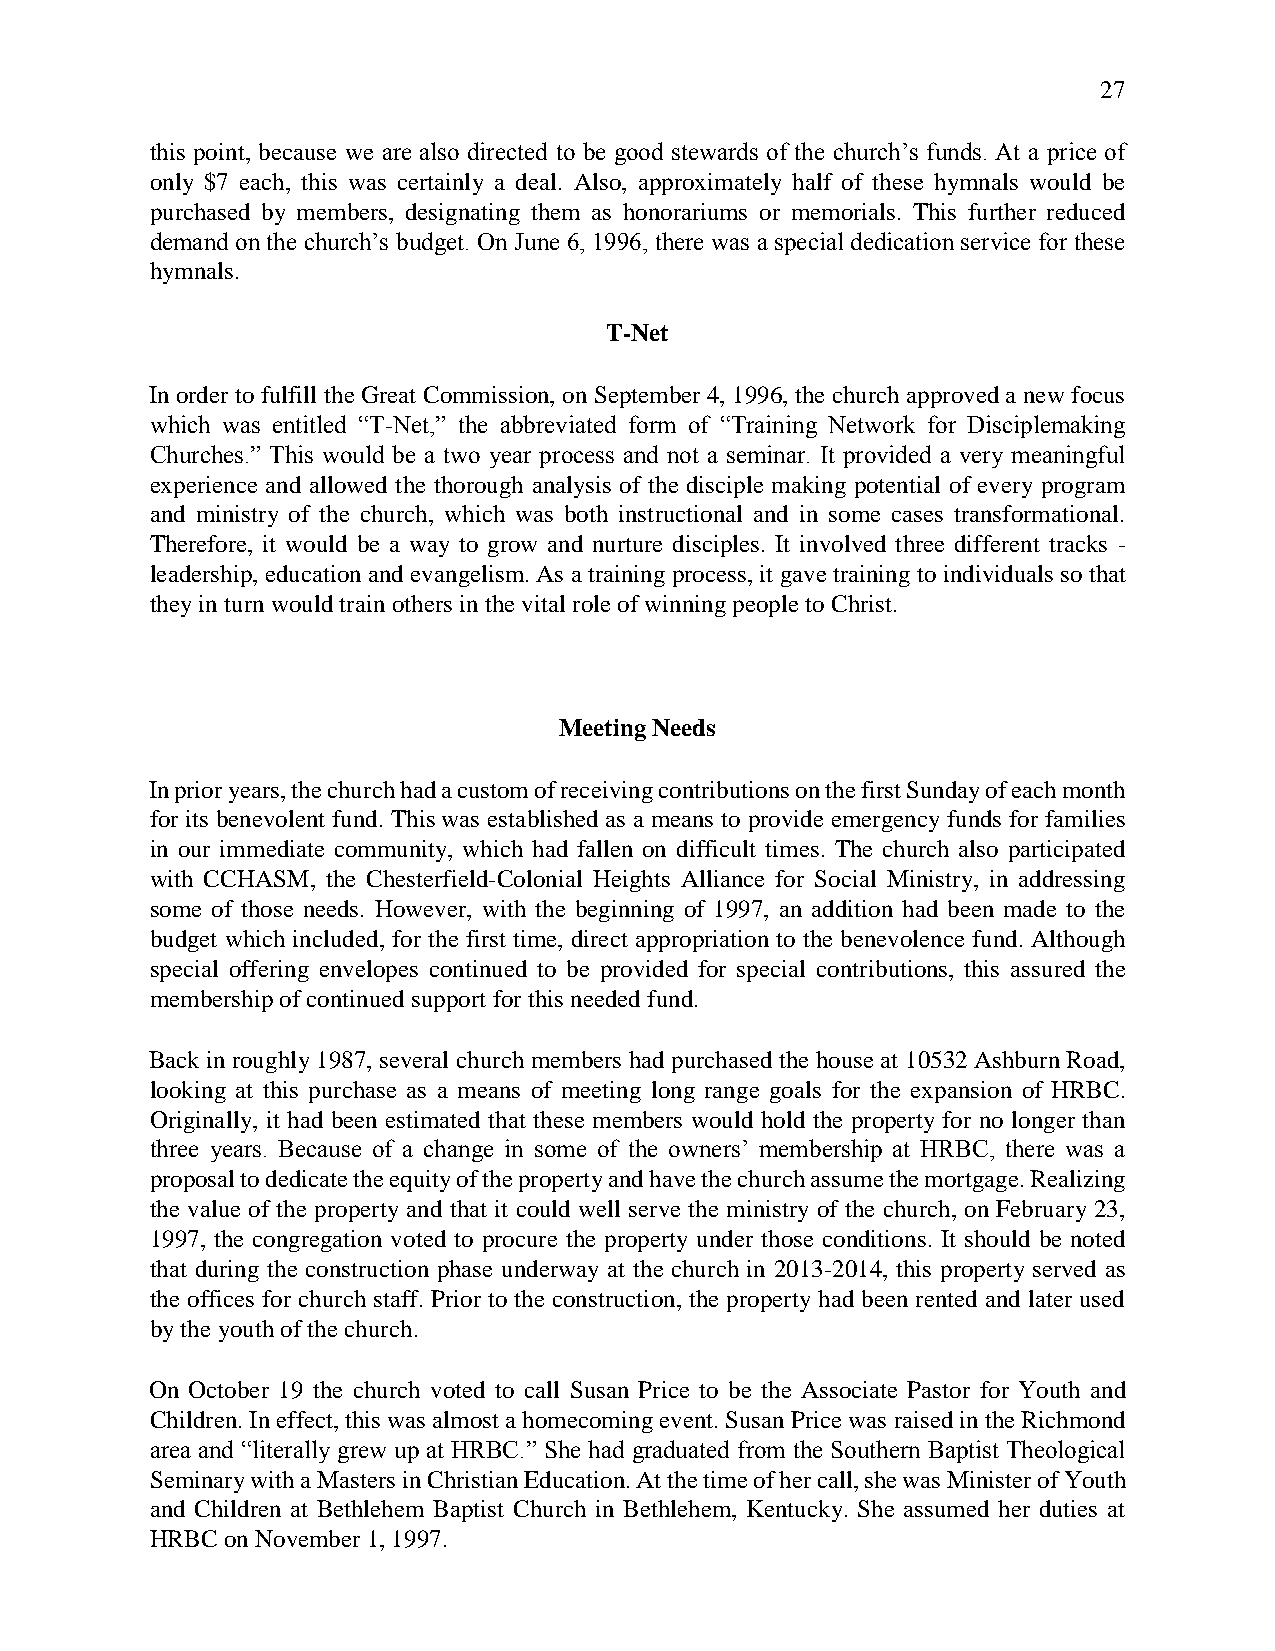
27
 this point, because we are also directed to be good stewards of the church’s funds. At a price of
 only $7 each, this was certainly a deal. Also, approximately half of these hymnals would be
 purchased by members, designating them as honorariums or memorials. This further reduced
 demand on the church’s budget. On June 6, 1996, there was a special dedication service for these
 hymnals.
 T-Net
 In order to fulfill the Great Commission, on September 4, 1996, the church approved a new focus
 which was entitled “T-Net,” the abbreviated form of “Training Network for Disciplemaking
 Churches.” This would be a two year process and not a seminar. It provided a very meaningful
 experience and allowed the thorough analysis of the disciple making potential of every program
 and ministry of the church, which was both instructional and in some cases transformational.
 Therefore, it would be a way to grow and nurture disciples. It involved three different tracks -
 leadership, education and evangelism. As a training process, it gave training to individuals so that
 they in turn would train others in the vital role of winning people to Christ.
 Meeting Needs
 In prior years, the church had a custom of receiving contributions on the first Sunday of each month
 for its benevolent fund. This was established as a means to provide emergency funds for families
 in our immediate community, which had fallen on difficult times. The church also participated
 with CCHASM, the Chesterfield-Colonial Heights Alliance for Social Ministry, in addressing
 some of those needs. However, with the beginning of 1997, an addition had been made to the
 budget which included, for the first time, direct appropriation to the benevolence fund. Although
 special offering envelopes continued to be provided for special contributions, this assured the
 membership of continued support for this needed fund.
 Back in roughly 1987, several church members had purchased the house at 10532 Ashburn Road,
 looking at this purchase as a means of meeting long range goals for the expansion of HRBC.
 Originally, it had been estimated that these members would hold the property for no longer than
 three years. Because of a change in some of the owners’ membership at HRBC, there was a
 proposal to dedicate the equity of the property and have the church assume the mortgage. Realizing
 the value of the property and that it could well serve the ministry of the church, on February 23,
 1997, the congregation voted to procure the property under those conditions. It should be noted
 that during the construction phase underway at the church in 2013-2014, this property served as
 the offices for church staff. Prior to the construction, the property had been rented and later used
 by the youth of the church.
 On October 19 the church voted to call Susan Price to be the Associate Pastor for Youth and
 Children. In effect, this was almost a homecoming event. Susan Price was raised in the Richmond
 area and “literally grew up at HRBC.” She had graduated from the Southern Baptist Theological
 Seminary with a Masters in Christian Education. At the time of her call, she was Minister of Youth
 and Children at Bethlehem Baptist Church in Bethlehem, Kentucky. She assumed her duties at
 HRBC on November 1, 1997.